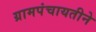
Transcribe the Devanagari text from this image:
ग्रामपंचायतीने